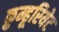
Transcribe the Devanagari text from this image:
क़ुम्हूरियेट